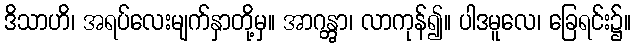
ဒိသာဟိ၊ အရပ်လေးမျက်နှာတို့မှ။ အာဂန္တွာ၊ လာကုန်၍။ ပါဒမူလေ၊ ခြေရင်း၌။